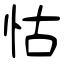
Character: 怙